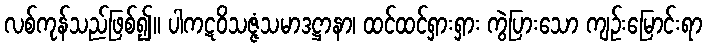
လစ်ကုန်သည်ဖြစ်၍။ ပါကဋဝိသဇ္ဇံသမာဒဋ္ဌာနာ၊ ထင်ထင်ရှားရှား ကွဲပြားသော ကျဉ်းမြောင်းရာ